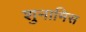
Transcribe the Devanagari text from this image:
शुनामिस